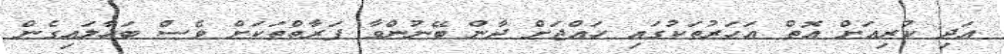
އަދި ކުރިއަށް އޮތް އަހަރުތަކުގައި ހައްޖަށް ދާން ބޭނުންވާ ފަރާތްތަކަށް ވެސް ބަހާލައިގެން